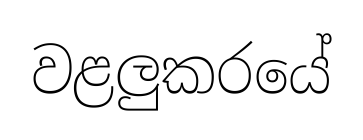
වළලුකරයේ